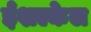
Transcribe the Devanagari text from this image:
ईशल्केल